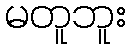
မတူဘူး